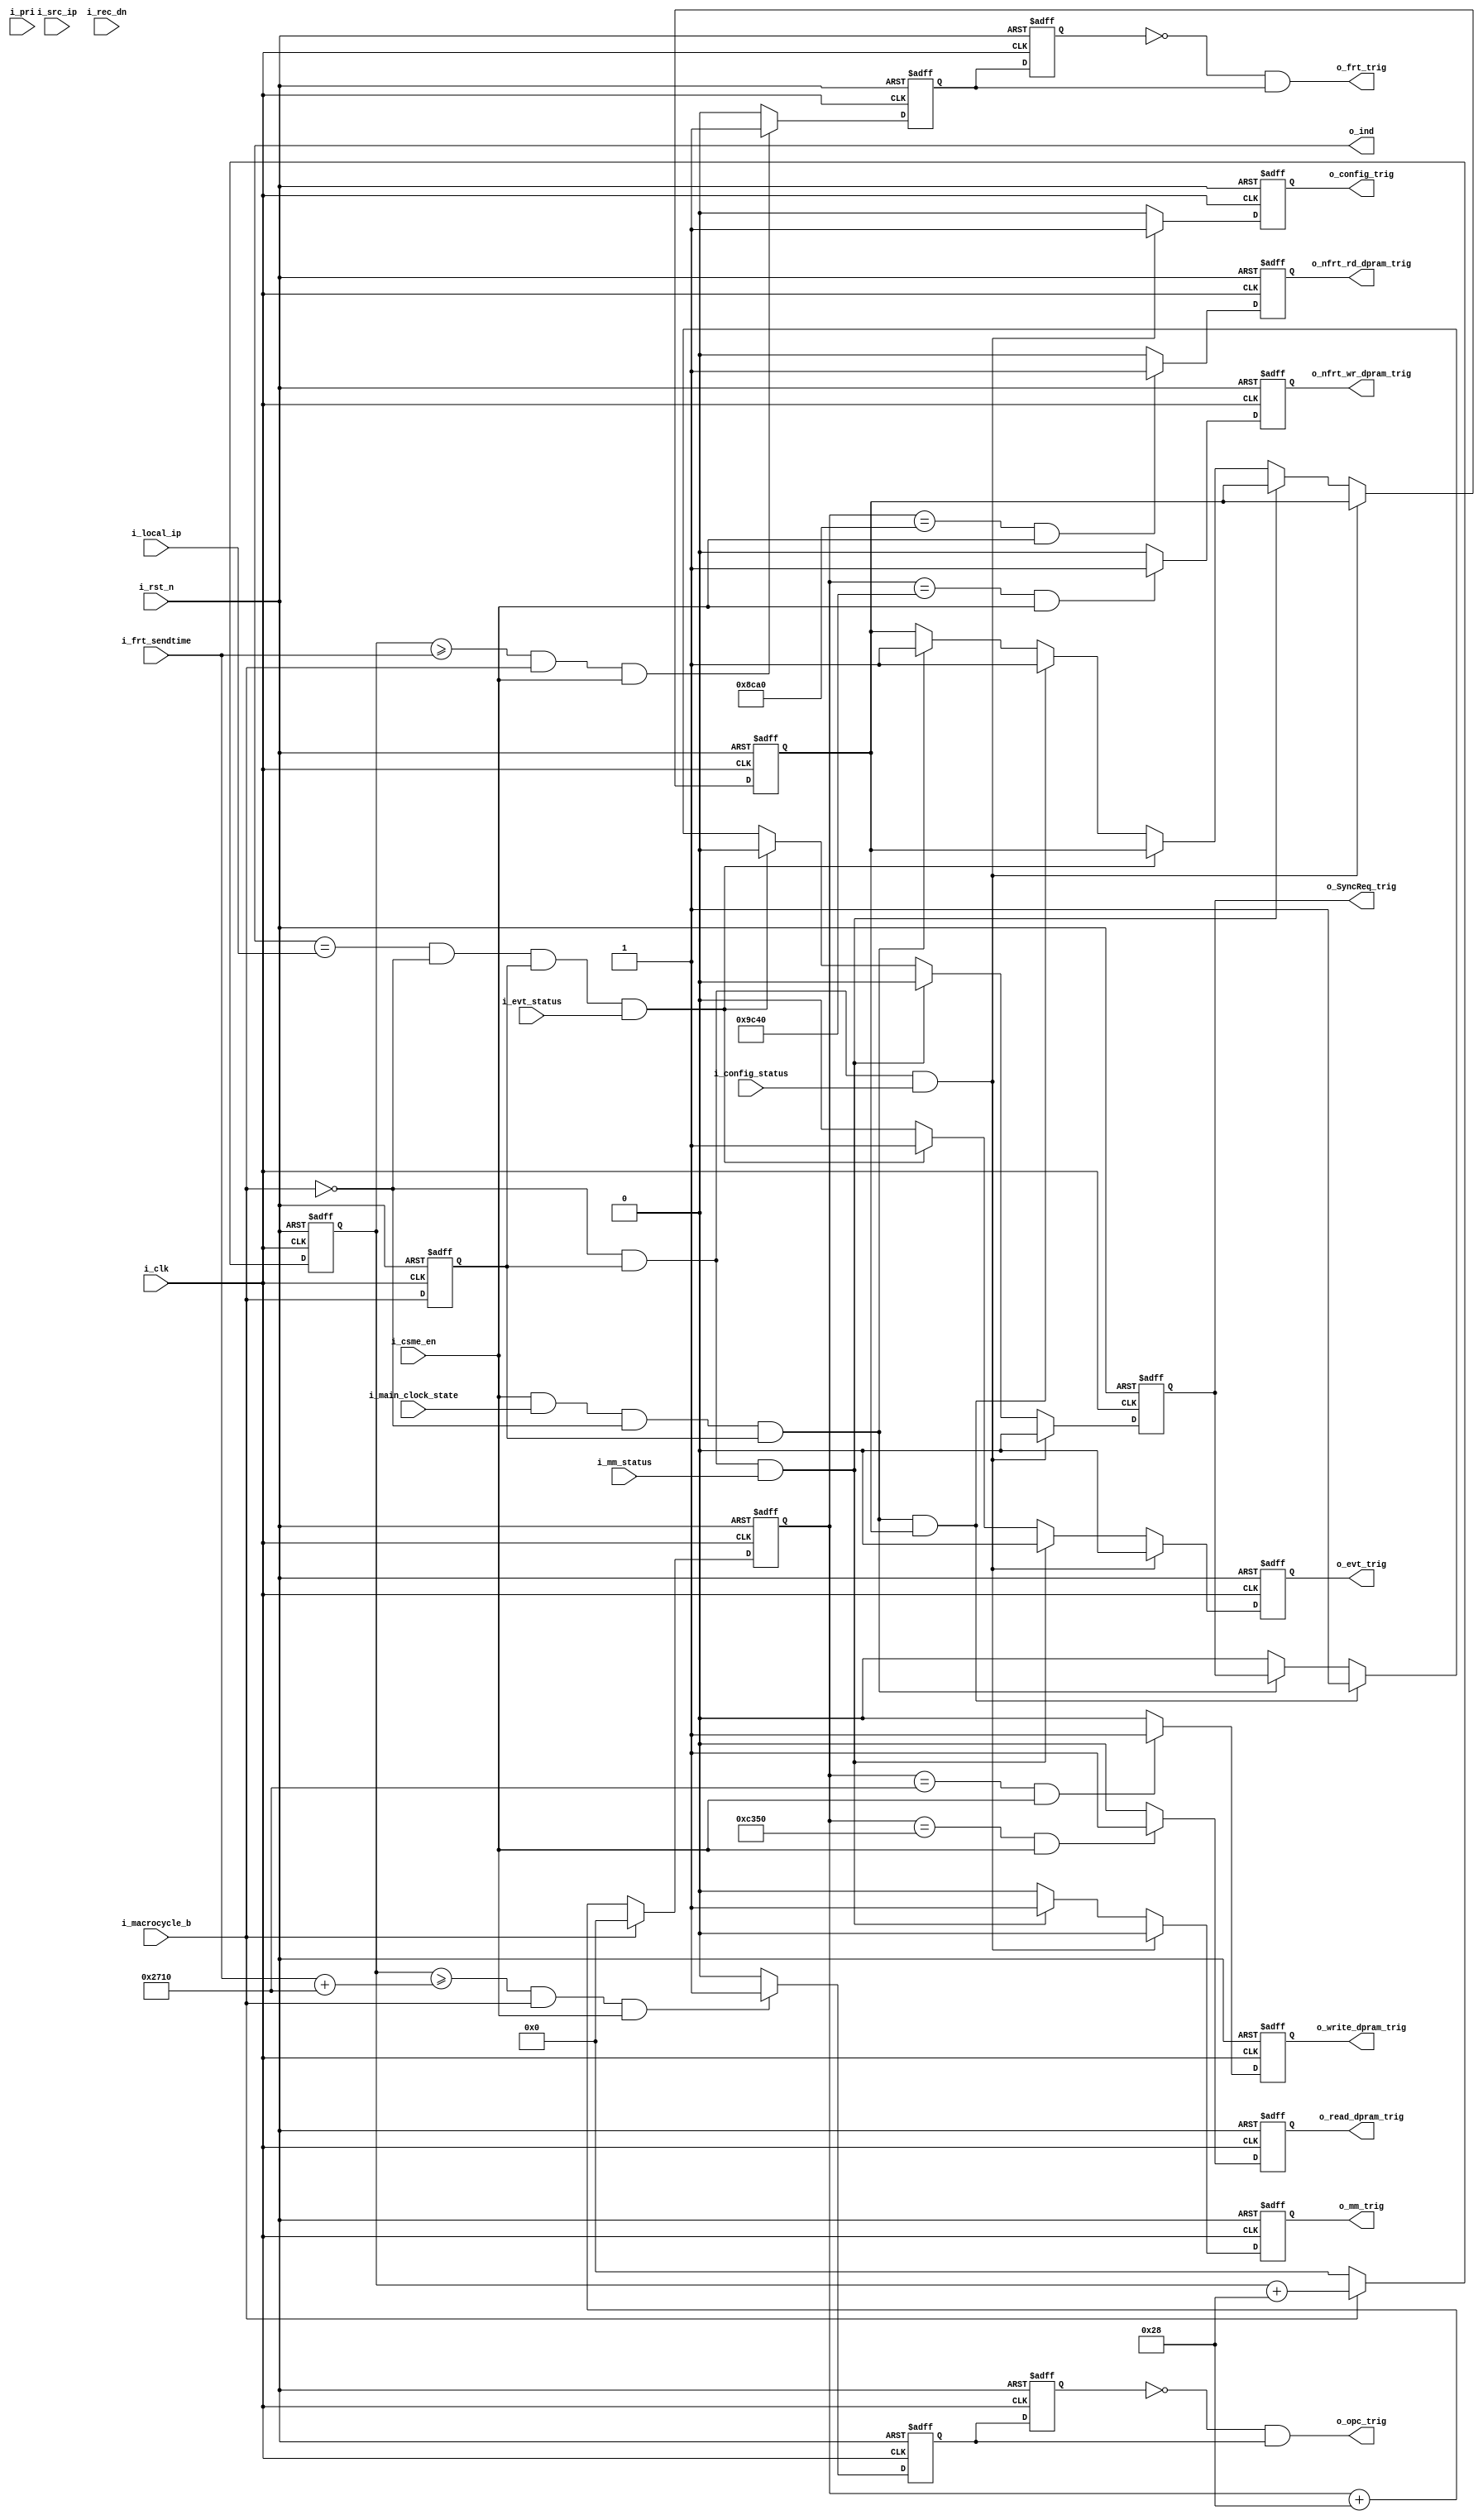

/*******************************************************************
File name   			:	master_csme.v
Function    			:	seng conmunication;
 
Version maintenance	:	caogang
Version     			:	V1.0
data        			:	2011-02-13
*******************************************************************/

/***************************   modify record   *********************

**************************************************************************
**************************************************************************/
module  master_csme(
			input wire i_clk,
			input wire i_rst_n,
			//
			input wire i_macrocycle_b,
			input wire [31:0]i_local_ip,
			input wire [31:0]i_frt_sendtime,
			//frt
			output reg [31:0]o_ind,
			output wire o_frt_trig,
			input wire [31:0]i_src_ip,
			input wire [7:0]i_pri,
			input wire i_rec_dn,
			//mm
			input wire i_csme_en,
			input wire i_mm_status,
			output reg o_mm_trig,
			//ptp
			output reg o_SyncReq_trig,
			output wire o_opc_trig,
			//evt
			input wire i_evt_status,
			output reg o_evt_trig,
			output reg o_write_dpram_trig,
			output reg o_read_dpram_trig,
			//config
			output reg o_config_trig,
			input wire i_config_status,
			
		   input wire i_main_clock_state,
			//nfrt read/write trig
			output reg o_nfrt_rd_dpram_trig,
			output reg o_nfrt_wr_dpram_trig
					);
					
reg macrocycle_b_dly;
reg [31:0]send_cnt, ac_send_cnt;
reg [7:0]hi_pri;
reg [7:0]local_hi_pri;			
					

reg pkg_trig, pkg_trig_reg, frt_trig, frt_trig_1clk;
					
always @(posedge i_clk or negedge i_rst_n)			
begin
	if(!i_rst_n)
		macrocycle_b_dly <= 1'b0;
	else
		macrocycle_b_dly <= i_macrocycle_b;
end		
//
always @(posedge i_clk or negedge i_rst_n)			
begin
	if(!i_rst_n)
		send_cnt <= 32'b0;
	else if(i_macrocycle_b )
		send_cnt <= send_cnt + 32'd40;
	else if(!i_macrocycle_b)
		send_cnt <= 32'b0;
end

always @(posedge i_clk or negedge i_rst_n)			
begin
	if(!i_rst_n)
		ac_send_cnt <= 32'b0;
	else if(!i_macrocycle_b )
		ac_send_cnt <= ac_send_cnt + 32'd40;
	else if(i_macrocycle_b)
		ac_send_cnt <= 32'b0;
end		
//
always @(posedge i_clk or negedge i_rst_n)			
begin
	if(!i_rst_n)
		frt_trig <= 1'b0;
	else if(send_cnt >= i_frt_sendtime && i_macrocycle_b && i_csme_en)
		frt_trig <= 1'b1;
	else 
		frt_trig <= 1'b0;
end	


always @(posedge i_clk or negedge i_rst_n)			
begin
	if(!i_rst_n)
		frt_trig_1clk <= 1'b0;
	else 
		frt_trig_1clk <= frt_trig;
end	

assign o_frt_trig = !frt_trig_1clk && frt_trig;

always @(posedge i_clk or negedge i_rst_n)			
begin
	if(!i_rst_n)
		pkg_trig <= 1'b0;
	else if((send_cnt >= i_frt_sendtime + 32'h2710) && i_macrocycle_b && i_csme_en)
		pkg_trig <= 1'b1;
	else 
		pkg_trig <= 1'b0;
end	


//data out_dpram trig
always @(posedge i_clk or negedge i_rst_n)			
begin
	if(!i_rst_n)
		o_read_dpram_trig <= 1'b0;
	//else if(ac_send_cnt == 32'd4000 && i_csme_en)
	else if(ac_send_cnt == 32'd50000 && i_csme_en)
		o_read_dpram_trig <= 1'b1;
	else 
		o_read_dpram_trig <= 1'b0;
end

//data in_dpram trig
always @(posedge i_clk or negedge i_rst_n)			
begin
	if(!i_rst_n)
		o_write_dpram_trig <= 1'b0;
	//else if(ac_send_cnt == 32'd20000 && i_csme_en)
	else if(ac_send_cnt == 32'd10000 && i_csme_en)
		o_write_dpram_trig <= 1'b1;
	else 
		o_write_dpram_trig <= 1'b0;
end

//nfrt read dpram data
always @(posedge i_clk or negedge i_rst_n)
begin
	if(!i_rst_n)
		o_nfrt_rd_dpram_trig <= 1'b0;
	else if(ac_send_cnt == 32'd36000 && i_csme_en)
		o_nfrt_rd_dpram_trig <= 1'b1;
	else
		o_nfrt_rd_dpram_trig <= 1'b0;
end

//nfrt write dpram data
always @(posedge i_clk or negedge i_rst_n)
begin
	if(!i_rst_n)
		o_nfrt_wr_dpram_trig <= 1'b0;
	else if(ac_send_cnt == 32'd40000 && i_csme_en)
		o_nfrt_wr_dpram_trig <= 1'b1;
	else
		o_nfrt_wr_dpram_trig <= 1'b0;
end

always @(posedge i_clk or negedge i_rst_n)			
begin
	if(!i_rst_n)
		pkg_trig_reg <= 1'b0;
	else 
		pkg_trig_reg <= pkg_trig;
end	

assign o_opc_trig = !pkg_trig_reg & pkg_trig;

//calculate the pri in frt frame 
always @(posedge i_clk or negedge i_rst_n)			
begin
	if(!i_rst_n)
		local_hi_pri <= 8'hff;
	else if(i_evt_status)
		local_hi_pri <= 8'h1;
	else if(i_mm_status)
		local_hi_pri <= 8'h21;
	else
		local_hi_pri <= 8'hff;		
end	


//calculate the o_ind in frt frame (for master )
/*always @(posedge i_clk or negedge i_rst_n)			
begin
	if(!i_rst_n)
	begin
		o_ind <= 32'hffffffff;
		hi_pri <= 8'hff;
	end
	else if(i_macrocycle_b && !macrocycle_b_dly)
	begin
		o_ind <= i_local_ip;
		hi_pri <= local_hi_pri;
	end	
	else if(i_rec_dn && ( (i_pri < hi_pri) ||  (i_pri == hi_pri && i_src_ip < o_ind  ) ) )
	begin
		o_ind <= i_src_ip;
		hi_pri <= i_pri;
	end
	else 
	begin
		o_ind <= o_ind;
		hi_pri <= hi_pri;	
	end
end*/

reg o_SyncReq_trig_interim;

always @(posedge i_clk or negedge i_rst_n)			
begin
	if(!i_rst_n)
	begin
		o_evt_trig <= 1'b0;
		o_mm_trig  <= 1'b0;
		o_SyncReq_trig <= 1'b0;
		o_config_trig <= 1'b0;
		o_SyncReq_trig_interim <= 1'b0; //sjj Nov_19th
	end
	else if(/*o_ind == i_local_ip &&*/ !i_macrocycle_b && macrocycle_b_dly && i_config_status )
		begin
			o_evt_trig <= 1'b0;
			o_mm_trig  <= 1'b0;
			o_SyncReq_trig <= 1'b0;
			o_config_trig <= 1'b1;
		end	
	else if(/*o_ind == i_local_ip &&*/ !i_macrocycle_b && macrocycle_b_dly && i_mm_status )
		begin
			o_evt_trig <= 1'b0;
			o_mm_trig  <= 1'b1;
			o_SyncReq_trig <= 1'b0;
			o_config_trig <= 1'b0;
		end
	else if(o_ind == i_local_ip && !i_macrocycle_b && macrocycle_b_dly && i_evt_status)
		begin
			o_evt_trig <= 1'b1;
			o_mm_trig  <= 1'b0;
			o_SyncReq_trig <= 1'b0;
			o_config_trig <= 1'b0;
		end	
   /****** sjj Nov_19th*******/
	else if(i_csme_en && i_main_clock_state && !i_macrocycle_b && macrocycle_b_dly && o_SyncReq_trig_interim)
		begin
			o_evt_trig <= 1'b0;
			o_mm_trig  <= 1'b0;		
			o_SyncReq_trig <= 1'b1;
			o_config_trig <= 1'b0;
			o_SyncReq_trig_interim <= 1'b1;
		end
	/****** sjj Nov_19th*******/		

	else if(i_csme_en /*&& o_ind == i_local_ip*/ && i_main_clock_state && !i_macrocycle_b && macrocycle_b_dly)
		begin
			o_evt_trig <= 1'b0;
			o_mm_trig  <= 1'b0;		
//			o_SyncReq_trig <= 1'b1;			
			o_SyncReq_trig_interim <= 1'b1;   //sjj Nov_19th
			o_config_trig <= 1'b0;
		end	

	else
	begin
		o_evt_trig <= 1'b0;
		o_mm_trig  <= 1'b0;
		o_SyncReq_trig <= 1'b0;
		o_config_trig <= 1'b0;
		o_SyncReq_trig_interim <= o_SyncReq_trig_interim;    //sjj Nov_19th
	end	
end	

endmodule